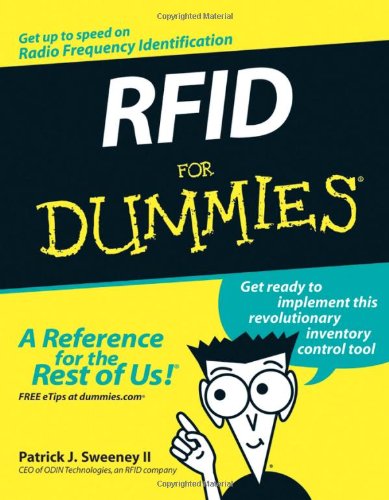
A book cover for RFID For Dummies; Patrick J. Sweeney II; Business & Money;